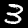
Label: 3